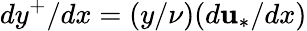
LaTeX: dy^{+}/dx=(y/\nu)(d\mathbf{u}_{*}/dx)